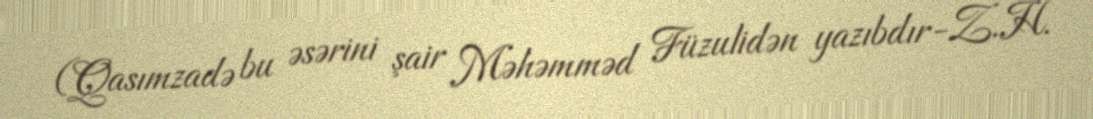
(Qasımzadə bu əsərini şair Məhəmməd Füzulidən yazıbdır-Z.H.